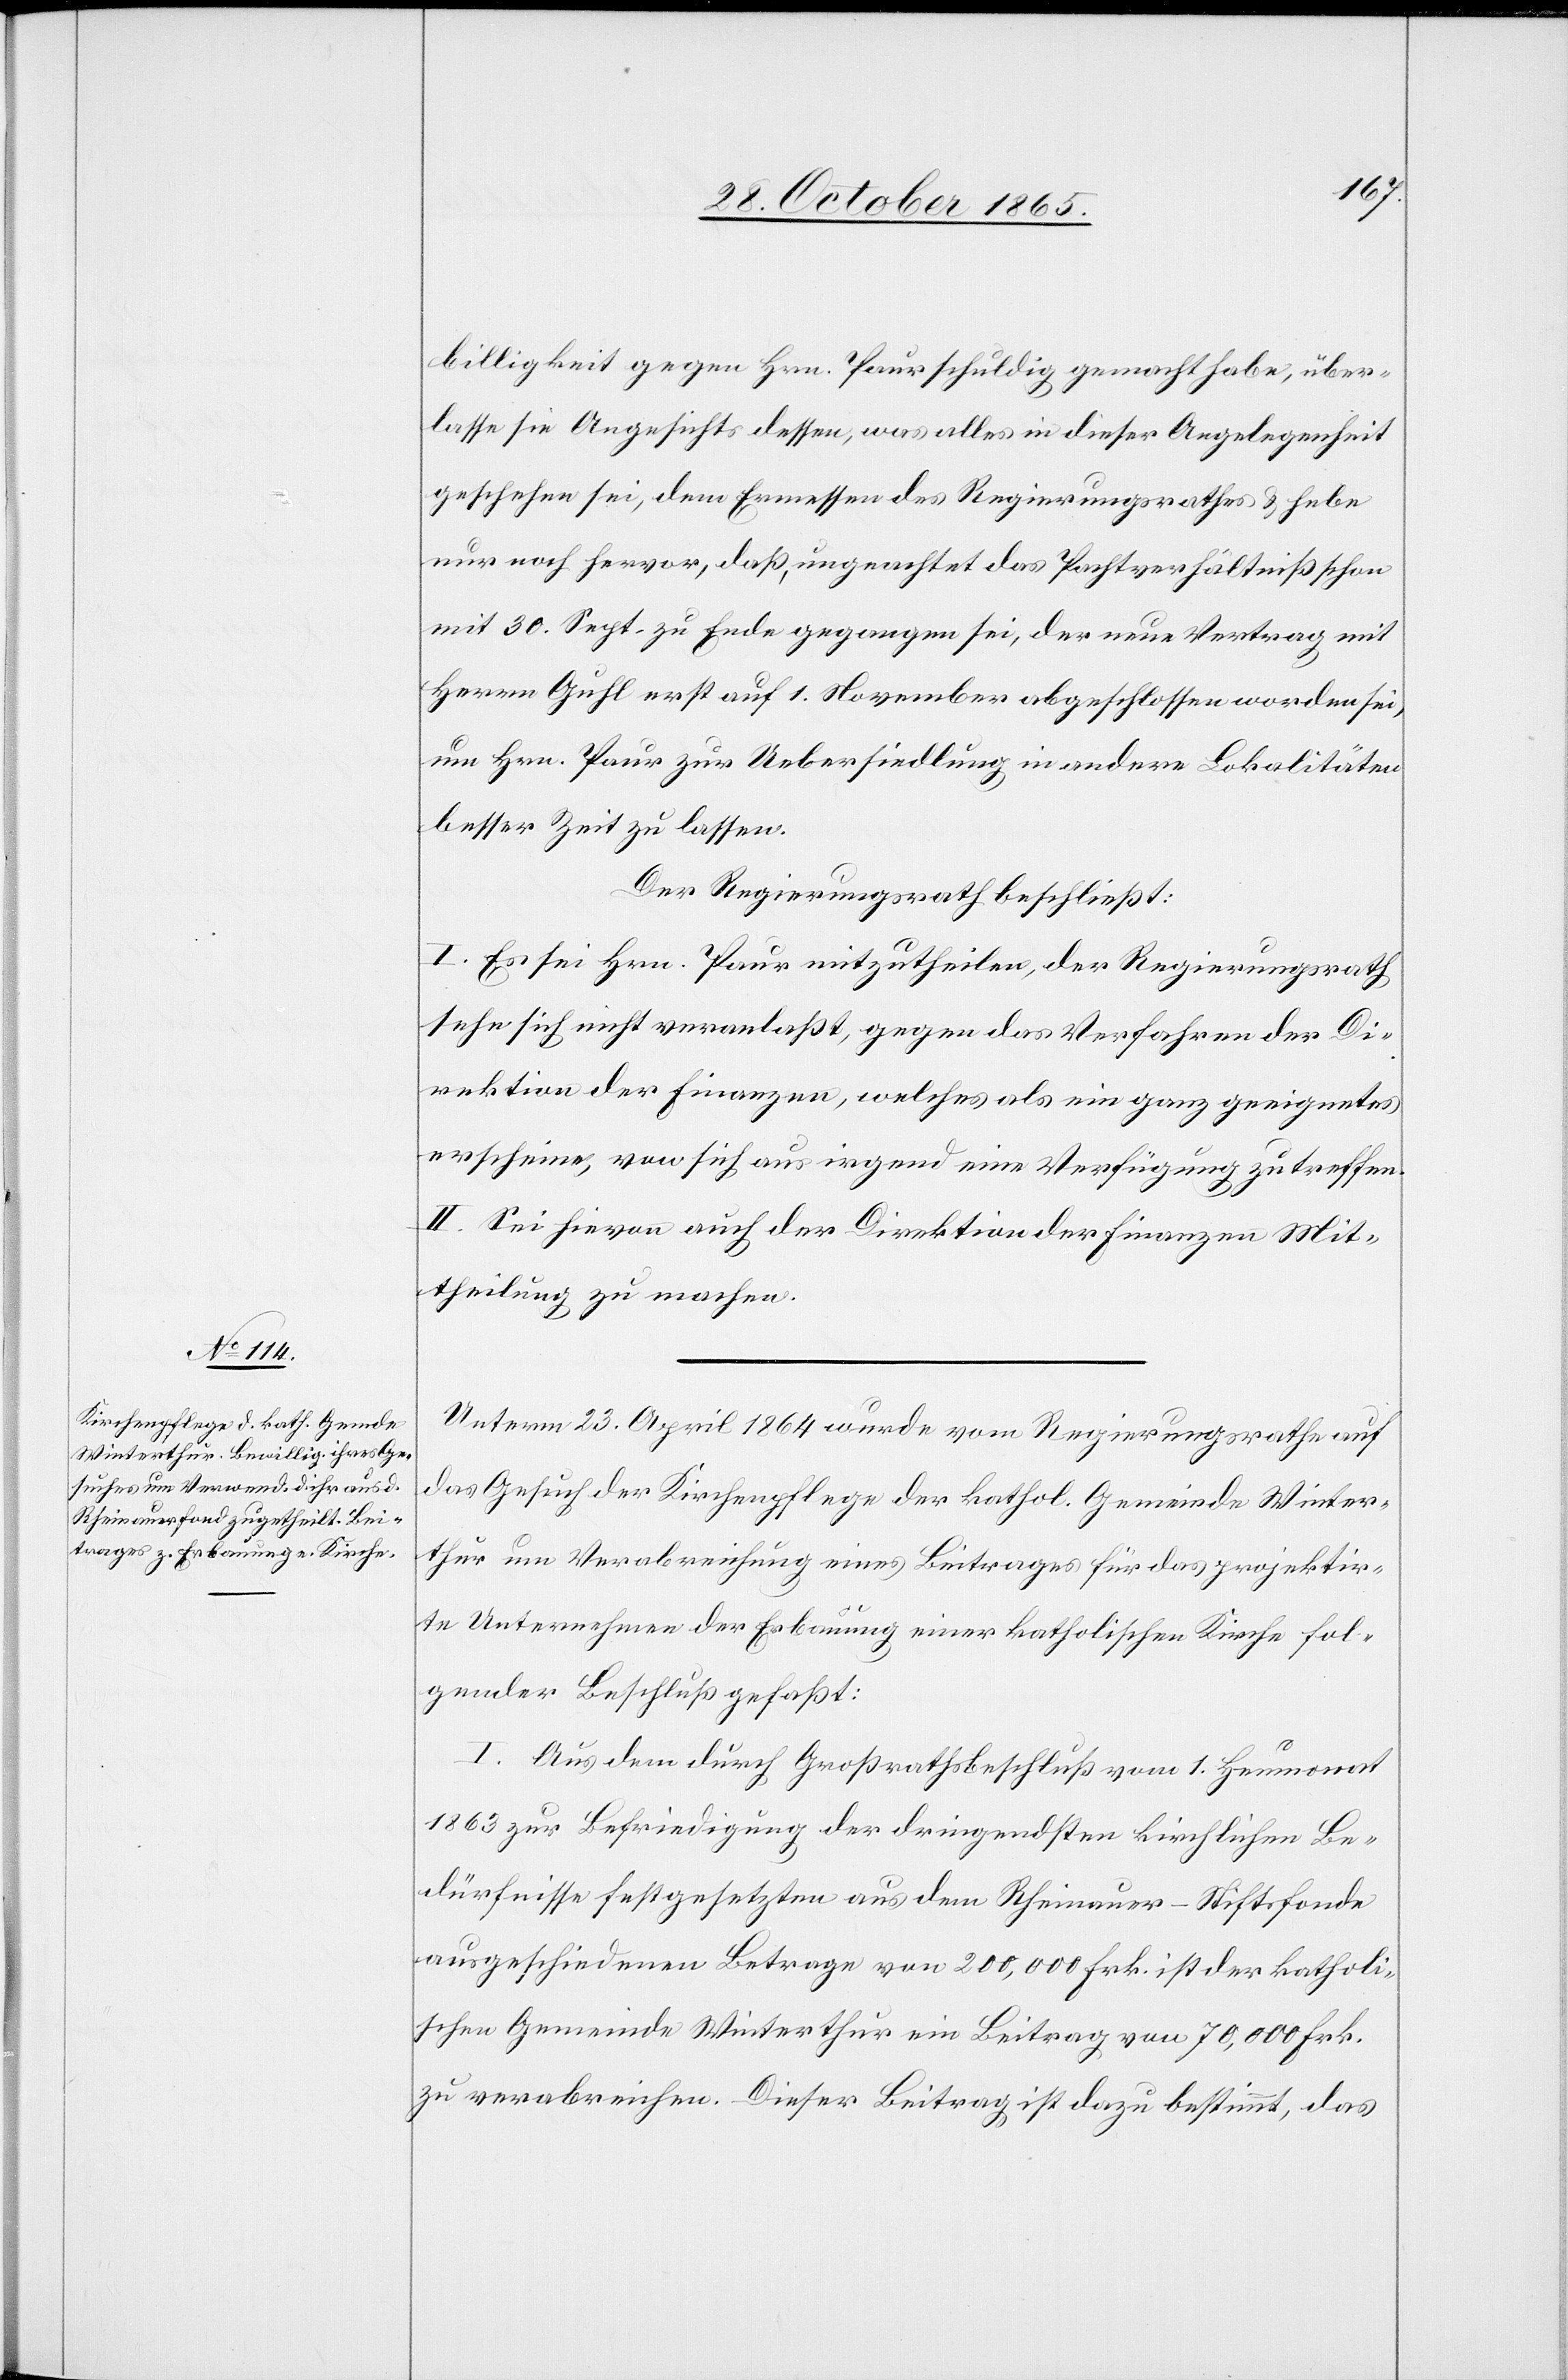
billigkeit gegen Hrn. Paur schuldig gemacht habe, über¬
lasse sie Angesichts dessen, was alles in dieser Angelegenheit
geschehen sei, dem Ermessen des Regierungsrathes & hebe
nur noch hervor, daß, ungeachtet das Pachtverhältniß schon
mit 30. Sept. zu Ende gegangen sei, der neue Vertrag mit
Herrn Guhl erst auf 1. November abgeschlossen worden sei,
um Hrn. Paur zur Uebersiedlung in andere Lokalitäten
besser Zeit zu lassen.
Der Regierungsrath beschließt:
I. Es sei Hrn. Paur mitzutheilen, der Regierungsrath
sehe sich nicht veranlaßt, gegen das Verfahren der Di¬
rektion der Finanzen, welches als ein ganz geeignetes
erscheine, von sich aus irgend eine Verfügung zu treffen.
II. Sei hievon auch der Direktion der Finanzen Mit¬
theilung zu machen.
Unterm 23. April 1864 wurde vom Regierungsrathe auf
das Gesuch der Kirchenpflege der kathol. Gemeinde Winter¬
thur um Verabreichung eines Beitrages für das projektir¬
te Unternehmen der Erbauung einer katholischen Kirche fol¬
gender Beschluß gefaßt:
I. Aus dem durch Großrathsbeschluß vom 1. Heumonat
1863 zur Befriedigung der dringendsten kirchlichen Be¬
dürfnisse festgesetzten aus dem Rheinauer-Stiftsfonde
ausgeschiedenen Betrage von 200,000 Frk. ist der katholi¬
schen Gemeinde Winterthur ein Beitrag von 70,000 Frk.
zu verabreichen. Dieser Beitrag ist dazu bestimmt, das